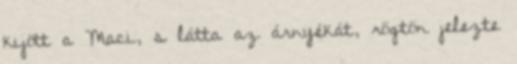
kijött a Maci, s látta az árnyékát, rögtön jelezte